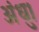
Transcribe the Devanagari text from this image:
अंधु।